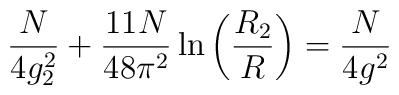
\frac{N}{4g_2^2}+\frac{11N}{48\pi^2}\ln\left(\frac{R_2}{R}\right)=	\frac{N}{4g^2}